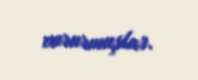
vururmuşlar.